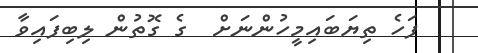
ފަހެ ތިޔަބައިމީހުންނަށް  ގެ ގޮތުން ލިބިފައިވާ